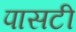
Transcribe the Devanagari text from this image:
पासटी